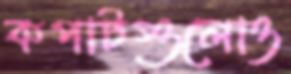
কপাটগুলোও